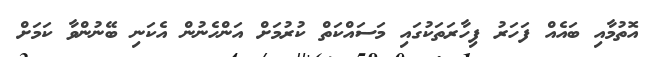
އޮތުމާއި ބައެއް ފަހަރު ފިހާރަތަކުގައި މަސައްކަތް ކުރުމަށް އަންހެނުން އެކަނި ބޭނުންވާ ކަަމަށް